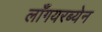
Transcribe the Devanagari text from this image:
लाँगयरब्येन